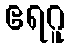
ဧရဂူ